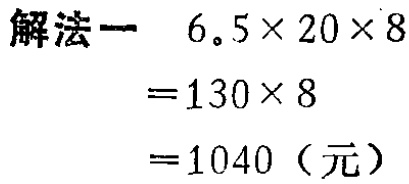
原来的十位数字为：